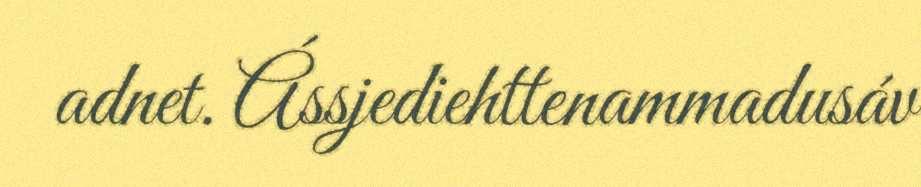
adnet. Ássjediehttenammadusáv